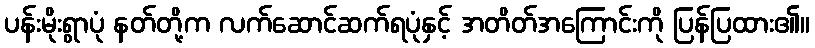
ပန်းမိုးရွာပုံ နတ်တို့က လက်ဆောင်ဆက်ရပုံနှင့် အတိတ်အကြောင်းကို ပြန်ပြထား၏။